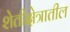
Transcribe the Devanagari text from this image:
शेतीक्षेत्रातील